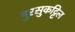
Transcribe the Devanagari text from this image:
मुरसुकट्टिल